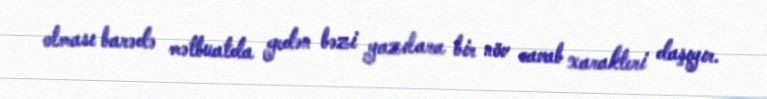
olması barədə mətbuatda gedən bəzi yazılara bir növ cavab xarakteri daşıyır.